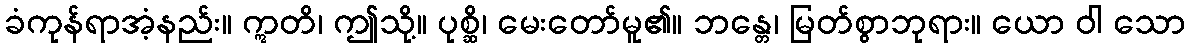
ခံကုန်ရာအံ့နည်း။ ဣတိ၊ ဤသို့။ ပုစ္ဆိ၊ မေးတော်မူ၏။ ဘန္တေ၊ မြတ်စွာဘုရား။ ယော ဝါ သော